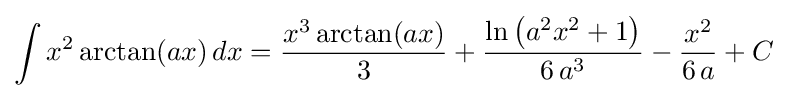
\int x^{2}\arctan(ax)\,dx={\frac {x^{3}\arctan(ax)}{3}}+{\frac {\ln \left(a^{2}x^{2}+1\right)}{6\,a^{3}}}-{\frac {x^{2}}{6\,a}}+C